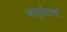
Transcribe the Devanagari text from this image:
अमूर्ततत्वों